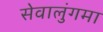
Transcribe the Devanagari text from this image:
सेवालुंगमा